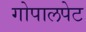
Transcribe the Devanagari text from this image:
गोपालपेट